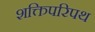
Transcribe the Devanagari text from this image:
शक्तिपरिपथ